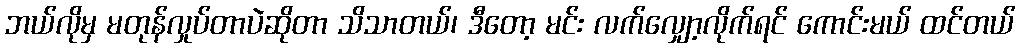
ဘယ်လိုမှ မတုန်လှုပ်တာပဲဆိုတာ သိသာတယ်၊ ဒီတော့ မင်း လက်လျှော့လိုက်ရင် ကောင်းမယ် ထင်တယ်